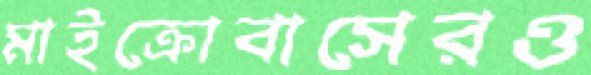
মাইক্রোবাসেরও